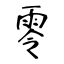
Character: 零